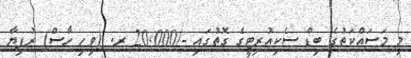
މި މަސައްކަތުގެ ބިޑް ސެކިއުރިޓީގެ ގޮތުގައި -/20